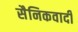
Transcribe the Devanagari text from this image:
सैनिकवादी